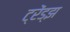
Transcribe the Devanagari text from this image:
ट्रेंड्‌झ